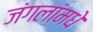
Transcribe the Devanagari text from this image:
जंगलांमधे